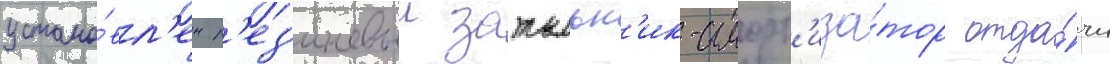
устано́вл'ен р'ез'иновыи затыльн'ик-аморт'иза́тор отда́чи